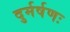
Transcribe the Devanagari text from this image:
दुर्मर्षणः